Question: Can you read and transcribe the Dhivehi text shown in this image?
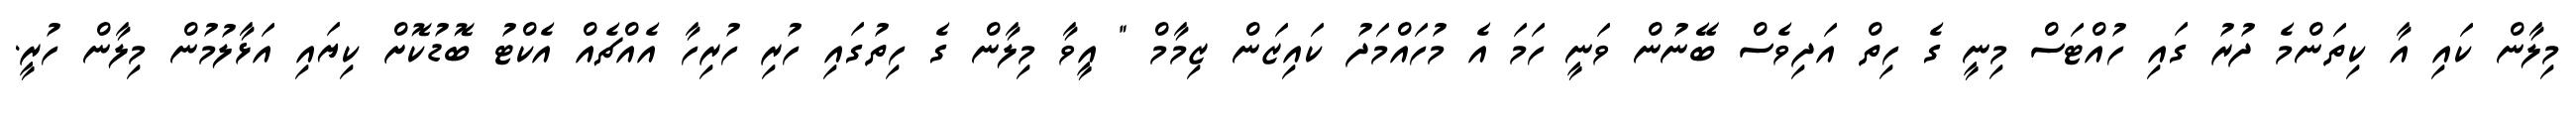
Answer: މިލާން ކައި އާ ކިތަންމެ ދުރު ގައި ހުއްޓަސް މިނީ ގެ ހިތް އަދިވެސް ބޭނުން ވަނީ ހަމަ އެ މުހައްމަދު ކައިޒަން ޒިމާމް " އީވާ މިލާން ގެ ހިތުގައި ހުރި ހުރިހާ އެއްޗެއް އެކްޓު ބޮޑުކޮށް ކިޔައި އަޅާލުމުން މިލާން ހުރީ.